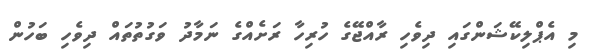
މި އެޕްލިކޭޝަންގައި ދިވެހި ރާއްޖޭގެ ހުރިހާ ރަށެއްގެ ނަމާދު ވަގުތުތައް ދިވެހި ބަހުން